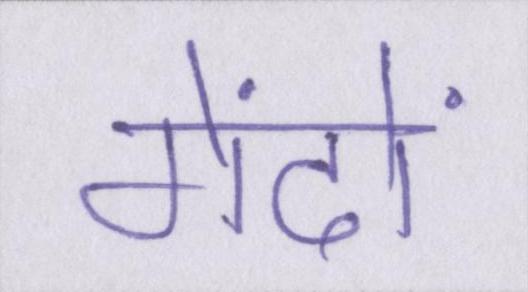
गेंदों